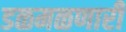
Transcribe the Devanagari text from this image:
डळमळणारी